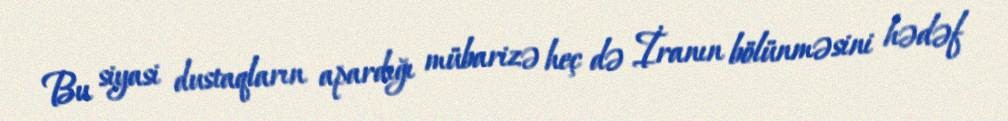
Bu siyasi dustaqların apardığı mübarizə heç də İranın bölünməsini hədəf